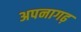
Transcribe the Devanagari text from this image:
अपनागढ़